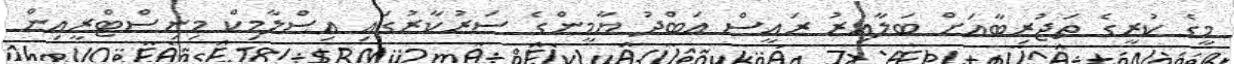
މީގެ ކުރީގެ ތަޖުރިބާއަށް ބަލާއިރު ރައީސް އަބްދު ޔާމީންގެ ސަރުކާރުގައި އިސްލާމިކް މިނިސްޓްރީއިން